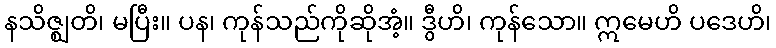
နသိဇ္ဈတိ၊ မပြီး။ ပန၊ ကုန်သည်ကိုဆိုအံ့။ ဒွီဟိ၊ ကုန်သော။ ဣမေဟိ ပဒေဟိ၊